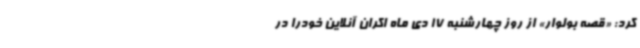
کرد: «قصه بولوار» از روز چهارشنبه 17 دی ماه اکران آنلاین خودرا در